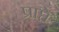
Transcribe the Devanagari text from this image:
प्राप्ते